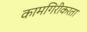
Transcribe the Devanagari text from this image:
कामगिरीकरता